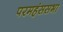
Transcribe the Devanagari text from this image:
परमहंससभा